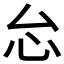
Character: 𱝼